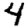
Digit: 4